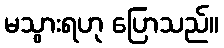
မသွားရဟု ပြောသည်။